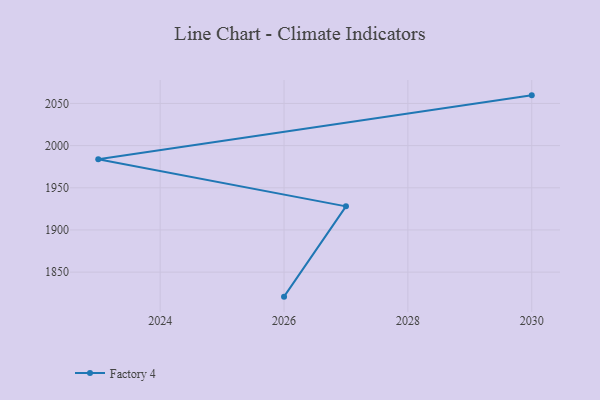
{"axis": {"x": "Year", "y": "Shipments"}, "legend": ["Factory 4"], "data": [{"x": "2030", "y": 2059.6, "type": "Factory 4"}, {"x": "2023", "y": 1983.9, "type": "Factory 4"}, {"x": "2027", "y": 1928.0, "type": "Factory 4"}, {"x": "2026", "y": 1820.9, "type": "Factory 4"}]}